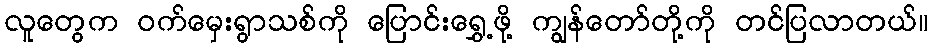
လူတွေက ဝက်မှေးရွာသစ်ကို ပြောင်းရွှေ့ဖို့ ကျွန်တော်တို့ကို တင်ပြလာတယ်။